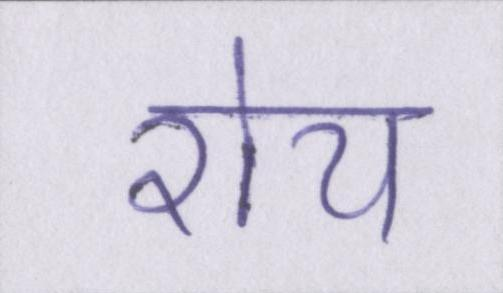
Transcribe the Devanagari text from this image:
रोय